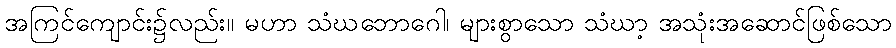
အကြင်ကျောင်း၌လည်း။ မဟာ သံဃဘောဂေါ၊ များစွာသော သံဃာ့ အသုံးအဆောင်ဖြစ်သော